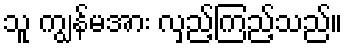
သူ ကျွန်မအား လှည့်ကြည့်သည်။